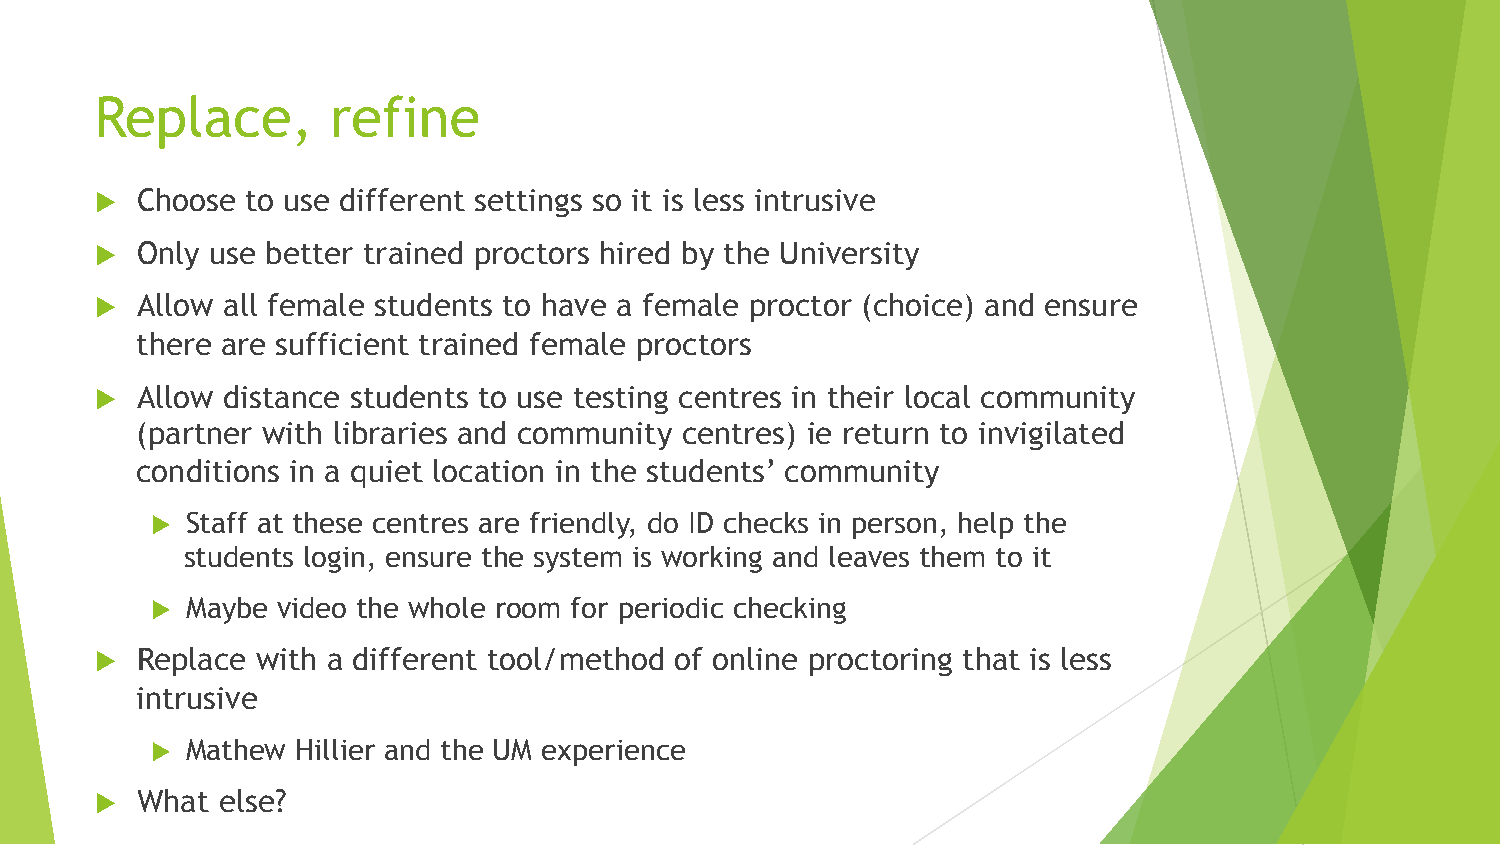
Replace,        refine
 u  Choose to use different settings so it is less intrusive
 u  Only use better trained proctors hired by the University
 u  Allow all female students to have a female proctor (choice) and ensure
 there are sufficient trained female proctors
 u  Allow distance students to use testing centres in their local community
 (partner with libraries and community centres) ie return to invigilated
 conditions in a quiet location in the students’ community
 u Staff at these centres are friendly, do ID checks in person, help the
 students login, ensure the system is working and leaves them to it
 u Maybe video the whole room for periodic checking
 u  Replace with a different tool/method of online proctoring that is less
 intrusive
 u Mathew  Hillier and the UM experience
 u  What else?